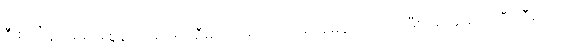
ဒီ စင်္ကြန်လမ်း အစွန်း တစ် ဖက်စီမှာ အမျိုးသား ရေအိမ်နဲ့ အမျိုးသမီး ရေအိမ် အသီးသီးရှိတယ်။